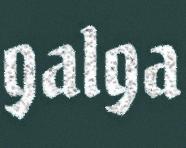
galga